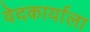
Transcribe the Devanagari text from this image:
वेदकार्याला